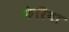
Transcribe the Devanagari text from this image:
फेरिया